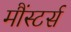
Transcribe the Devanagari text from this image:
मौंस्टर्स